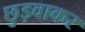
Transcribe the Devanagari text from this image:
छुड़वाकर